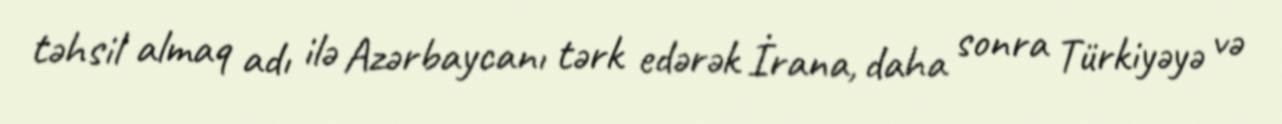
təhsil almaq adı ilə Azərbaycanı tərk edərək İrana, daha sonra Türkiyəyə və